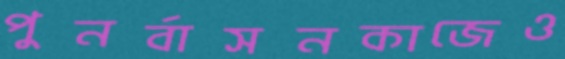
পুনর্বাসনকাজেও